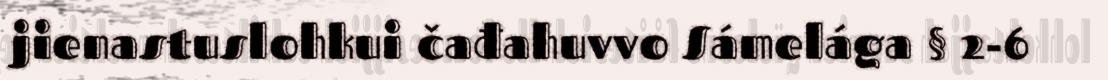
jienastuslohkui čađahuvvo Sámelága § 2-6